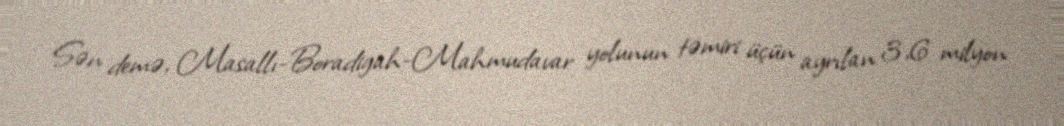
Sən demə, Masallı-Boradigah-Mahmudavar yolunun təmiri üçün ayrılan 3,6 milyon